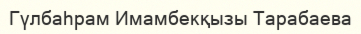
Гүлбаһрам Имамбекқызы Тарабаева